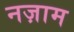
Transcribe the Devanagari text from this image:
नज़ाम